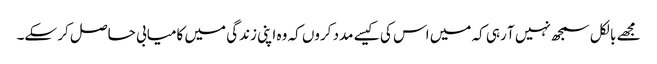
مجھے بالکل سمجھ نہیں آ رہی کہ میں اس کی کیسے مدد کروں کہ وہ اپنی زندگی میں کامیابی حاصل کر سکے۔